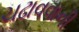
ચઢાવવાની